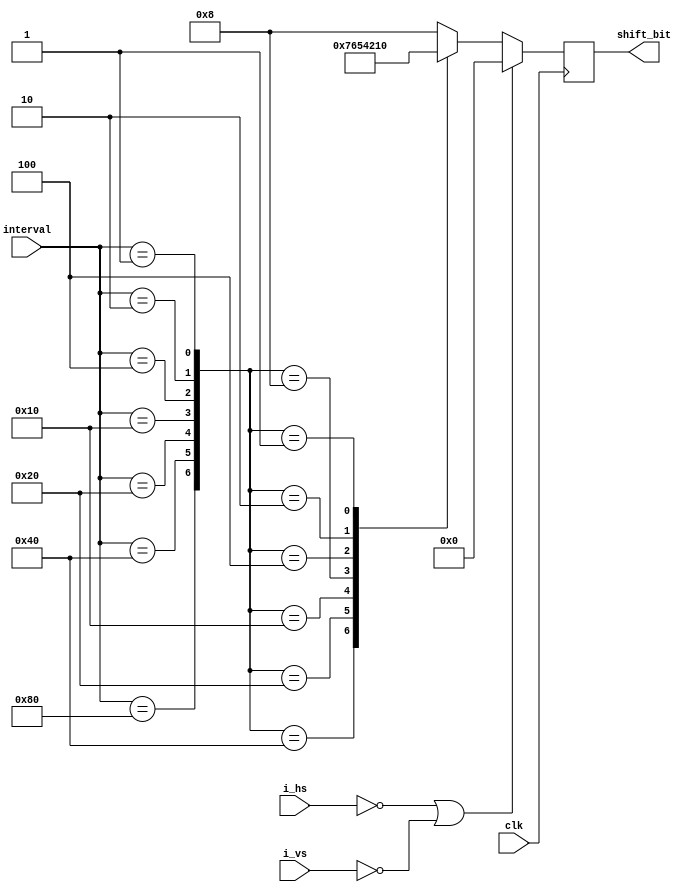
module log2_8bit (
    input clk,
    input i_hs,
    input i_vs,
    input [7:0] interval,
    output [3:0] shift_bit
);

reg [3:0] shift_bit_w, shift_bit_r;

wire cpr0, cpr1, cpr2, cpr3, cpr4, cpr5, cpr6;
wire [6:0] sel;
assign cpr0 = (interval == 128);
assign cpr1 = (interval == 64);
assign cpr2 = (interval == 32);
assign cpr3 = (interval == 16);
assign cpr4 = (interval == 4);
assign cpr5 = (interval == 2);
assign cpr6 = (interval == 1);
assign sel = {cpr0, cpr1, cpr2, cpr3, cpr4, cpr5, cpr6};

assign shift_bit = shift_bit_r;

always @(*) begin
    case (sel)
        7'b1000000: begin
            shift_bit_w = 7;
        end
        7'b0100000: begin
            shift_bit_w = 6;
        end
        7'b0010000: begin
            shift_bit_w = 5;
        end
        7'b0001000: begin
            shift_bit_w = 4;
        end
//        8'h0001000: begin
//            shift_bit_w = 3;
//        end
        7'b0000100: begin
            shift_bit_w = 2;
        end
        7'b0000010: begin
            shift_bit_w = 1;
        end
        7'b0000001: begin
            shift_bit_w = 0;
        end
        default: begin
            shift_bit_w = 8;
        end
    endcase
end

always @(posedge clk) begin
//    if(!rst_n)begin     //rst_n
//        shift_bit_r <= 0;
//    end
//    else 
    if(!i_hs || !i_vs)begin
        shift_bit_r <= 0;
    end
    else begin
        shift_bit_r <= shift_bit_w;
    end
end
    
endmodule